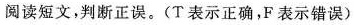
阅读短文,判断正误.(T表示正确,F 表示错误)